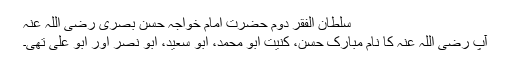
سلطان الفقر دوم حضرت امام خواجہ حسن بصری رضی اللہ عنہٗ
آپ رضی اللہ عنہٗ کا نام مبارک حسن، کنیت ابو محمد، ابو سعید، ابو نصر اور ابو علی تھی۔